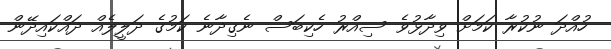
ހުއްދަ ނުކުރާ ކަމަށް ވިދާޅުވެ ސިއްރު ހެކިބަސް ނެގިދާނެ ކަމުގެ ދަލީލެއް ދައްކައިދޭން